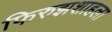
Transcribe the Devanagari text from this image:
फिरुझशाहला